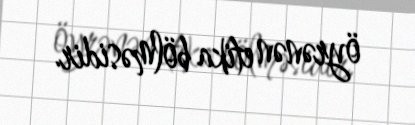
öyrənən etika bölməsidir.